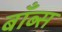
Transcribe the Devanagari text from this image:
बाँब्स